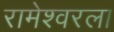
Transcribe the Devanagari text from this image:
रामेश्वरला